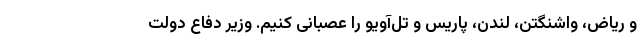
و ریاض، واشنگتن، لندن، پاریس و تل‌آویو را عصبانی کنیم. وزیر دفاع دولت